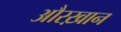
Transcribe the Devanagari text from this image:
औरख़ान